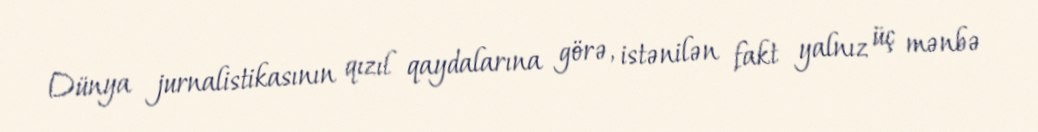
Dünya jurnalistikasının qızıl qaydalarına görə, istənilən fakt yalnız üç mənbə